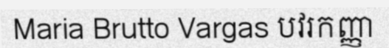
Maria Brutto Vargas បវរកញ្ញា